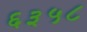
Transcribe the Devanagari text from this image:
६३५८